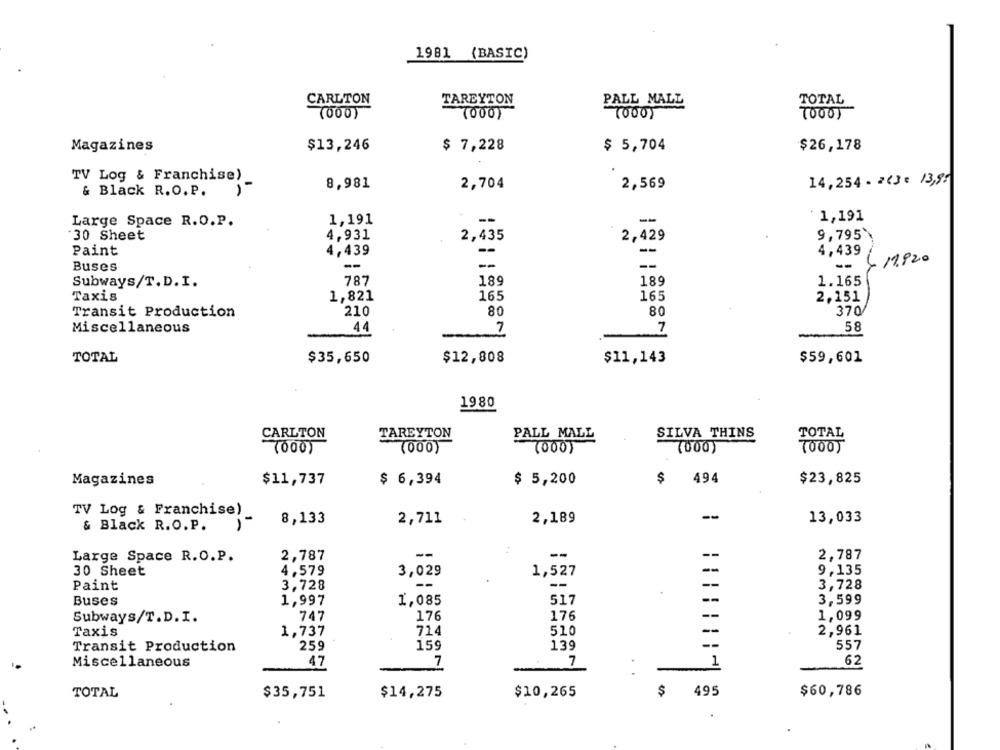
1981 (BASIC)
CARLTON
TAREYTON
PALL MALL
TOTAL
(000)
TO00)
(000)
7000)
Magazines
$13,246
$ 7,228
$ 5,704
$26,178
TV Log & Franchise)
14,254 - 2(3: 13,95
8,981
2,704
2,569
& Black R.O. P.
-
1,191
Large Space R.O.P.
1,191
--
30 Sheet
4,931
2,435
2,429
9,795\
--
Paint
4,439
4,439
-
Buses
--
--
--
Subways/T.D.I.
787
189
189
1.165
Taxis
1,821
165
165
2,151
Transit Production
210
80
80
370
Miscellaneous
44
7
.7
58
TOTAL
$35,650
$12,808
$11,143
$59,601
1980
CARLTON
TAREYTON
PALL MALL
SILVA THINS
TOTAL
(000)
(000)
(000)
(000
1000)
$11,737
$ 6,394
$ 5,200
$
494
$23,825
Magazines
TV Log & Franchise)
--
& Black R.O. P.
8,133
2,711
2,189
13,033
-
2,787
--
--
--
2,787
Large Space R.O.P.
--
9,135
30 Sheet
4,579
3,029
1,527
Paint
--
--
3,728
3,728
Buses
1,085
517
--
3,599
1,997
176
176
1,099
Subways/T.D. I.
747
714
510
--
2,961
Taxis
1,737
259
159
139
557
Transit Production
7
7
Miscellaneous
47
1
62
TOTAL
$35,751
$14,275
$10,265
$
495
$60,786